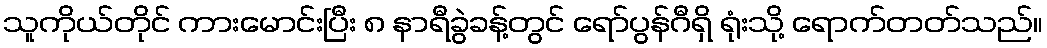
သူကိုယ်တိုင် ကားမောင်းပြီး ၈ နာရီခွဲခန့်တွင် ရော်ပွန်ဂီရှိ ရုံးသို့ ရောက်တတ်သည်။